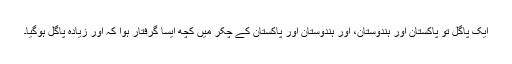
ایک پاگل تو پاکستان اور ہندوستان، اور ہندوستان اور پاکستان کے چکر میں کچھ ایسا گرفتار ہوا کہ اور زیادہ پاگل ہوگیا۔